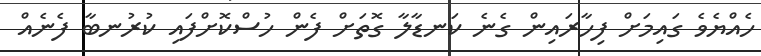
ހެއްޔެވެ ގައިމަށް ފިހާރައިން ގެނެ ކަނޑާލާ ގޮތަށް ފެން ހުސްކޮށްފައި ކުރުނބާ ފެނެއް